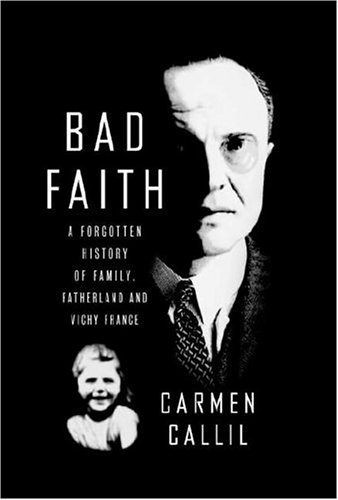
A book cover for Bad Faith: A Forgotten History of Family, Fatherland and Vichy France; Carmen Callil; Biographies & Memoirs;